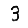
Digit: 3